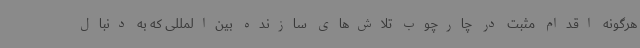
هرگونه اقدام مثبت در چارچوب تلاش‌های سازنده بین‌المللی که به دنبال